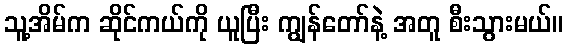
သူ့အိမ်က ဆိုင်ကယ်ကို ယူပြီး ကျွန်တော်နဲ့ အတူ စီးသွားမယ်။